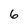
Character: 6